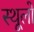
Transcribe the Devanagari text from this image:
स्थूलो